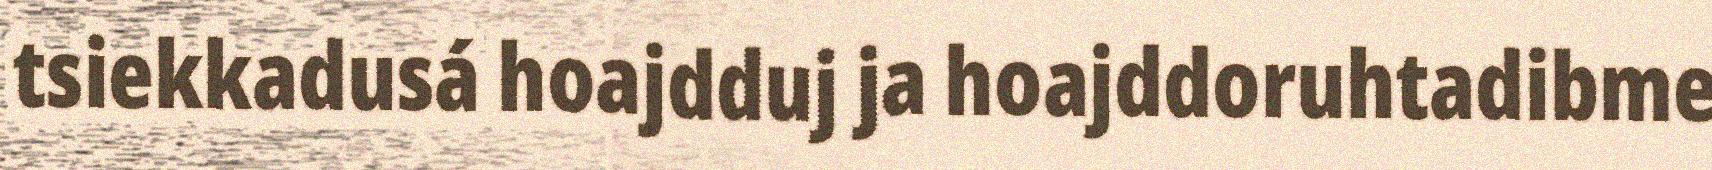
tsiekkadusá hoajdduj ja hoajddoruhtadibme